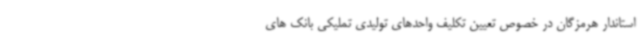
استاندار هرمزگان در خصوص تعیین تکلیف واحدهای تولیدی تملیکی بانک های